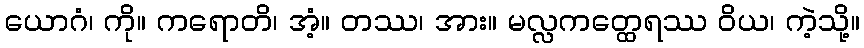
ယောဂံ၊ ကို။ ကရောတိ၊ အံ့။ တဿ၊ အား။ မလ္လကတ္ထေရဿ ဝိယ၊ ကဲ့သို့။